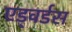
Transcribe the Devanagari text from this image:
एड्वर्डस